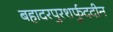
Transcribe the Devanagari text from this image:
बहादरपुरशर्फुददीन